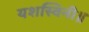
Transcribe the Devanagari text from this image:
यशस्विनी॥